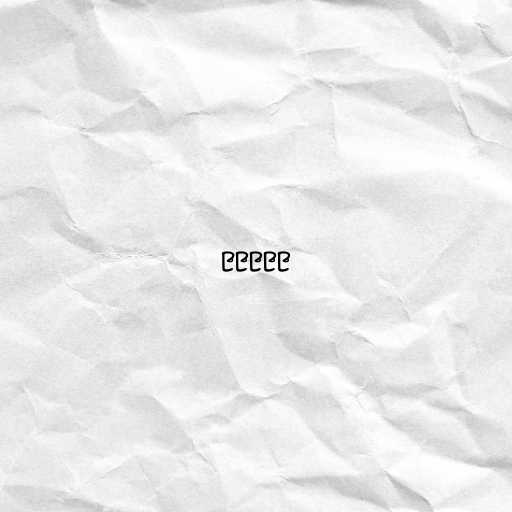
၉၉၉၉၉